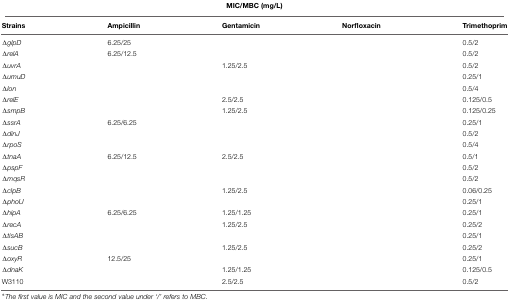
<table><thead><tr><td colspan="5"><b>MIC/MBC (mg/L)</b></td></tr><tr><td><b>Strains</b></td><td><b>Ampicillin</b></td><td><b>Gentamicin</b></td><td><b>Norfloxacin</b></td><td><b>Trimethoprim</b></td></tr></thead><tbody><tr><td>Δ<i>glpD</i></td><td>6.25/25</td><td>[EMPTY_CELL]</td><td>[EMPTY_CELL]</td><td>0.5/2</td></tr><tr><td>Δ<i>relA</i></td><td>6.25/12.5</td><td>[EMPTY_CELL]</td><td>[EMPTY_CELL]</td><td>0.5/2</td></tr><tr><td>Δ<i>uvrA</i></td><td>[EMPTY_CELL]</td><td>1.25/2.5</td><td>[EMPTY_CELL]</td><td>0.5/2</td></tr><tr><td>Δ<i>umuD</i></td><td>[EMPTY_CELL]</td><td>[EMPTY_CELL]</td><td>[EMPTY_CELL]</td><td>0.25/1</td></tr><tr><td>Δ<i>lon</i></td><td>[EMPTY_CELL]</td><td>[EMPTY_CELL]</td><td>[EMPTY_CELL]</td><td>0.5/4</td></tr><tr><td>Δ<i>relE</i></td><td>[EMPTY_CELL]</td><td>2.5/2.5</td><td>[EMPTY_CELL]</td><td>0.125/0.5</td></tr><tr><td>Δ<i>smpB</i></td><td>[EMPTY_CELL]</td><td>1.25/2.5</td><td>[EMPTY_CELL]</td><td>0.125/0.25</td></tr><tr><td>Δ<i>ssrA</i></td><td>6.25/6.25</td><td>[EMPTY_CELL]</td><td>[EMPTY_CELL]</td><td>0.25/1</td></tr><tr><td>Δ<i>dinJ</i></td><td>[EMPTY_CELL]</td><td>[EMPTY_CELL]</td><td>[EMPTY_CELL]</td><td>0.5/2</td></tr><tr><td>Δ<i>rpoS</i></td><td>[EMPTY_CELL]</td><td>[EMPTY_CELL]</td><td>[EMPTY_CELL]</td><td>0.5/4</td></tr><tr><td>Δ<i>tnaA</i></td><td>6.25/12.5</td><td>2.5/2.5</td><td>[EMPTY_CELL]</td><td>0.5/1</td></tr><tr><td>Δ<i>pspF</i></td><td>[EMPTY_CELL]</td><td>[EMPTY_CELL]</td><td>[EMPTY_CELL]</td><td>0.5/2</td></tr><tr><td>Δ<i>mqsR</i></td><td>[EMPTY_CELL]</td><td>[EMPTY_CELL]</td><td>[EMPTY_CELL]</td><td>0.5/2</td></tr><tr><td>Δ<i>clpB</i></td><td>[EMPTY_CELL]</td><td>1.25/2.5</td><td>[EMPTY_CELL]</td><td>0.06/0.25</td></tr><tr><td>Δ<i>phoU</i></td><td>[EMPTY_CELL]</td><td>[EMPTY_CELL]</td><td>[EMPTY_CELL]</td><td>0.25/1</td></tr><tr><td>Δ<i>hipA</i></td><td>6.25/6.25</td><td>1.25/1.25</td><td>[EMPTY_CELL]</td><td>0.25/1</td></tr><tr><td>Δ<i>recA</i></td><td>[EMPTY_CELL]</td><td>1.25/2.5</td><td>[EMPTY_CELL]</td><td>0.25/2</td></tr><tr><td>Δ<i>tisAB</i></td><td>[EMPTY_CELL]</td><td>[EMPTY_CELL]</td><td>[EMPTY_CELL]</td><td>0.25/1</td></tr><tr><td>Δ<i>sucB</i></td><td>[EMPTY_CELL]</td><td>1.25/2.5</td><td>[EMPTY_CELL]</td><td>0.25/2</td></tr><tr><td>Δ<i>oxyR</i></td><td>12.5/25</td><td>[EMPTY_CELL]</td><td>[EMPTY_CELL]</td><td>0.25/1</td></tr><tr><td>Δ<i>dnaK</i></td><td>[EMPTY_CELL]</td><td>1.25/1.25</td><td>[EMPTY_CELL]</td><td>0.125/0.5</td></tr><tr><td>W3110</td><td>[EMPTY_CELL]</td><td>2.5/2.5</td><td>[EMPTY_CELL]</td><td>0.5/2</td></tr></tbody></table>